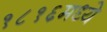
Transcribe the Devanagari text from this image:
१८१६मध्ये